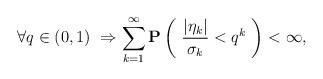
LaTeX: \begin{align*} \forall q \in (0,1) \ \Rightarrow \sum_{k=1}^{\infty} {\bf P} \left( \ \frac{|\eta_k|}{\sigma_k} < q^k \ \right) < \infty,\end{align*}